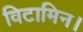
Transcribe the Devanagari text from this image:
विटामिन।